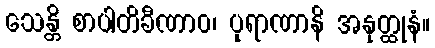
သေန္တိ စာပါတိခီဏာဝ၊ ပုရာဏာနိ အနုတ္ထုနံ။